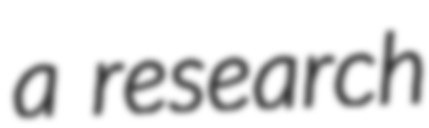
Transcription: a research